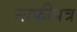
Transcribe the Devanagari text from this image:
माफीपत्र